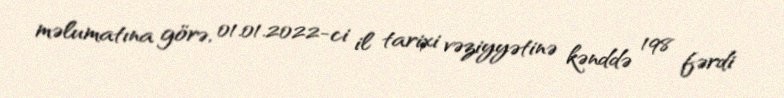
məlumatına görə, 01.01.2022-ci il tarixi vəziyyətinə kənddə 198 fərdi